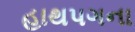
હાથપગના